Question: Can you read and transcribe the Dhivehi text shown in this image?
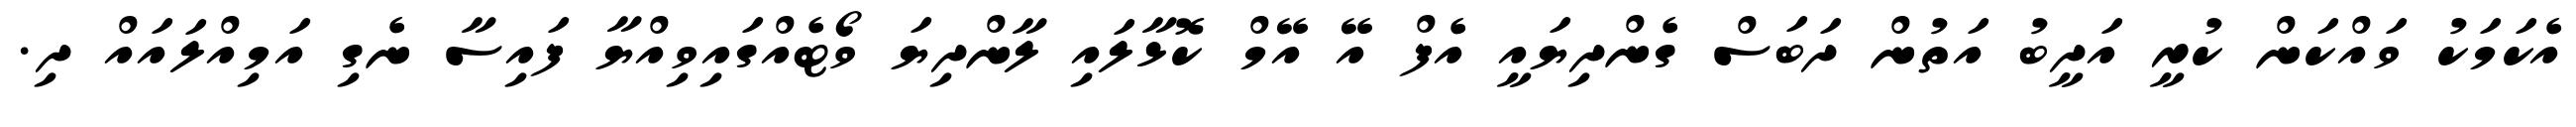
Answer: އެކަމަކު ވައްކަން ކުރީ އަދީބު އަތުން ދަބަސް ގެންދިޔައީ އެފް އޭ އޭމް ކޮޅާލައި ލާންދިޔަ ވޯޓެއްގައިވިއްޔާ ފައިސާ ނެގި އަމިއްލައައް ދި.